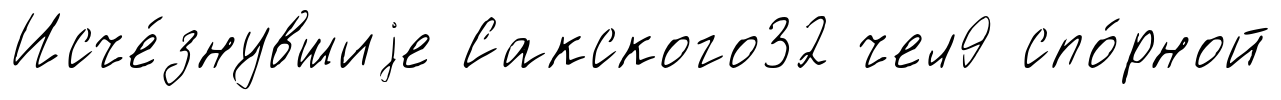
Исче́знувшиjе Сакского32 чел9 спо́рной